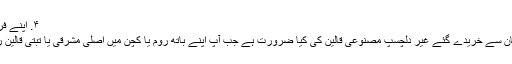
۴. اپنے فرش کو نکھاریں
کسی مشہور دکان سے خریدے گئے غیر دلچسپ مصنوعی قالین کی کیا ضرورت ہے جب آپ اپنے باتھ روم یا کچن میں اصلی مشرقی یا تبتی قالین رکھ سکتے ہیں؟